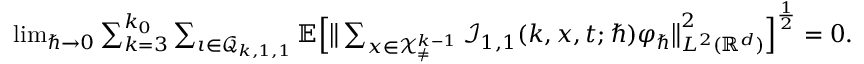
\begin{array} { r } { \operatorname* { l i m } _ { \hbar \rightarrow 0 } \sum _ { k = 3 } ^ { k _ { 0 } } \sum _ { \iota \in \mathcal { Q } _ { k , 1 , 1 } } \mathbb { E } \Big [ \big \lVert \sum _ { \boldsymbol { x } \in \mathcal { X } _ { \neq } ^ { k - 1 } } \mathcal { I } _ { 1 , 1 } ( k , \boldsymbol { x } , t ; \hbar ) \varphi _ { \hbar } \big \rVert _ { L ^ { 2 } ( \mathbb { R } ^ { d } ) } ^ { 2 } \Big ] ^ { \frac { 1 } { 2 } } = 0 . } \end{array}